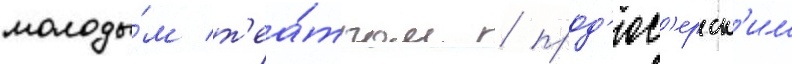
молоды́м т'еа́тром / прод'юс'ерск'им